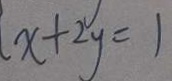
x + 2 y = 1